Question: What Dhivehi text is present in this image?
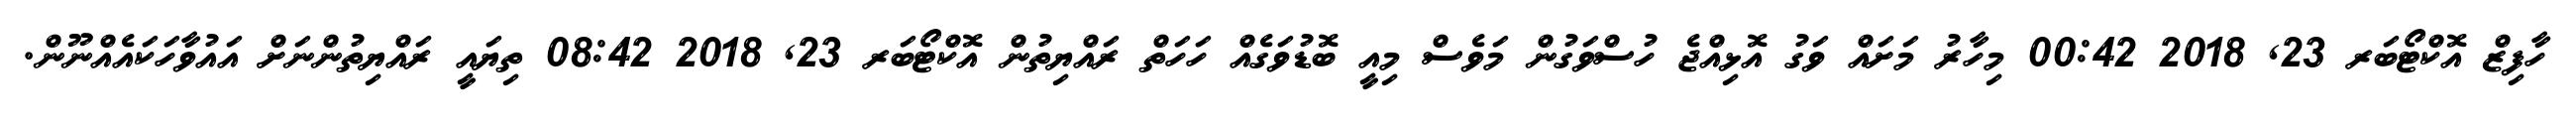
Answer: ހާފިޒް އޮކްޓޯބަރ 23, 2018 00:42 މިހާރު މަށައް ވަގު އޮޅިއްޖެ ހުސްވަގުން މަވެސް މިއީ ބޮޑުވަގެއް ހަހަތް ރައްޔިތުން އޮކްޓޯބަރ 23, 2018 08:42 ތިޔައީ ރައްޔިތުންނަށް އައުވާހަކައެއްނޫން.